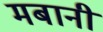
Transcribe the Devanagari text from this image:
मबानी